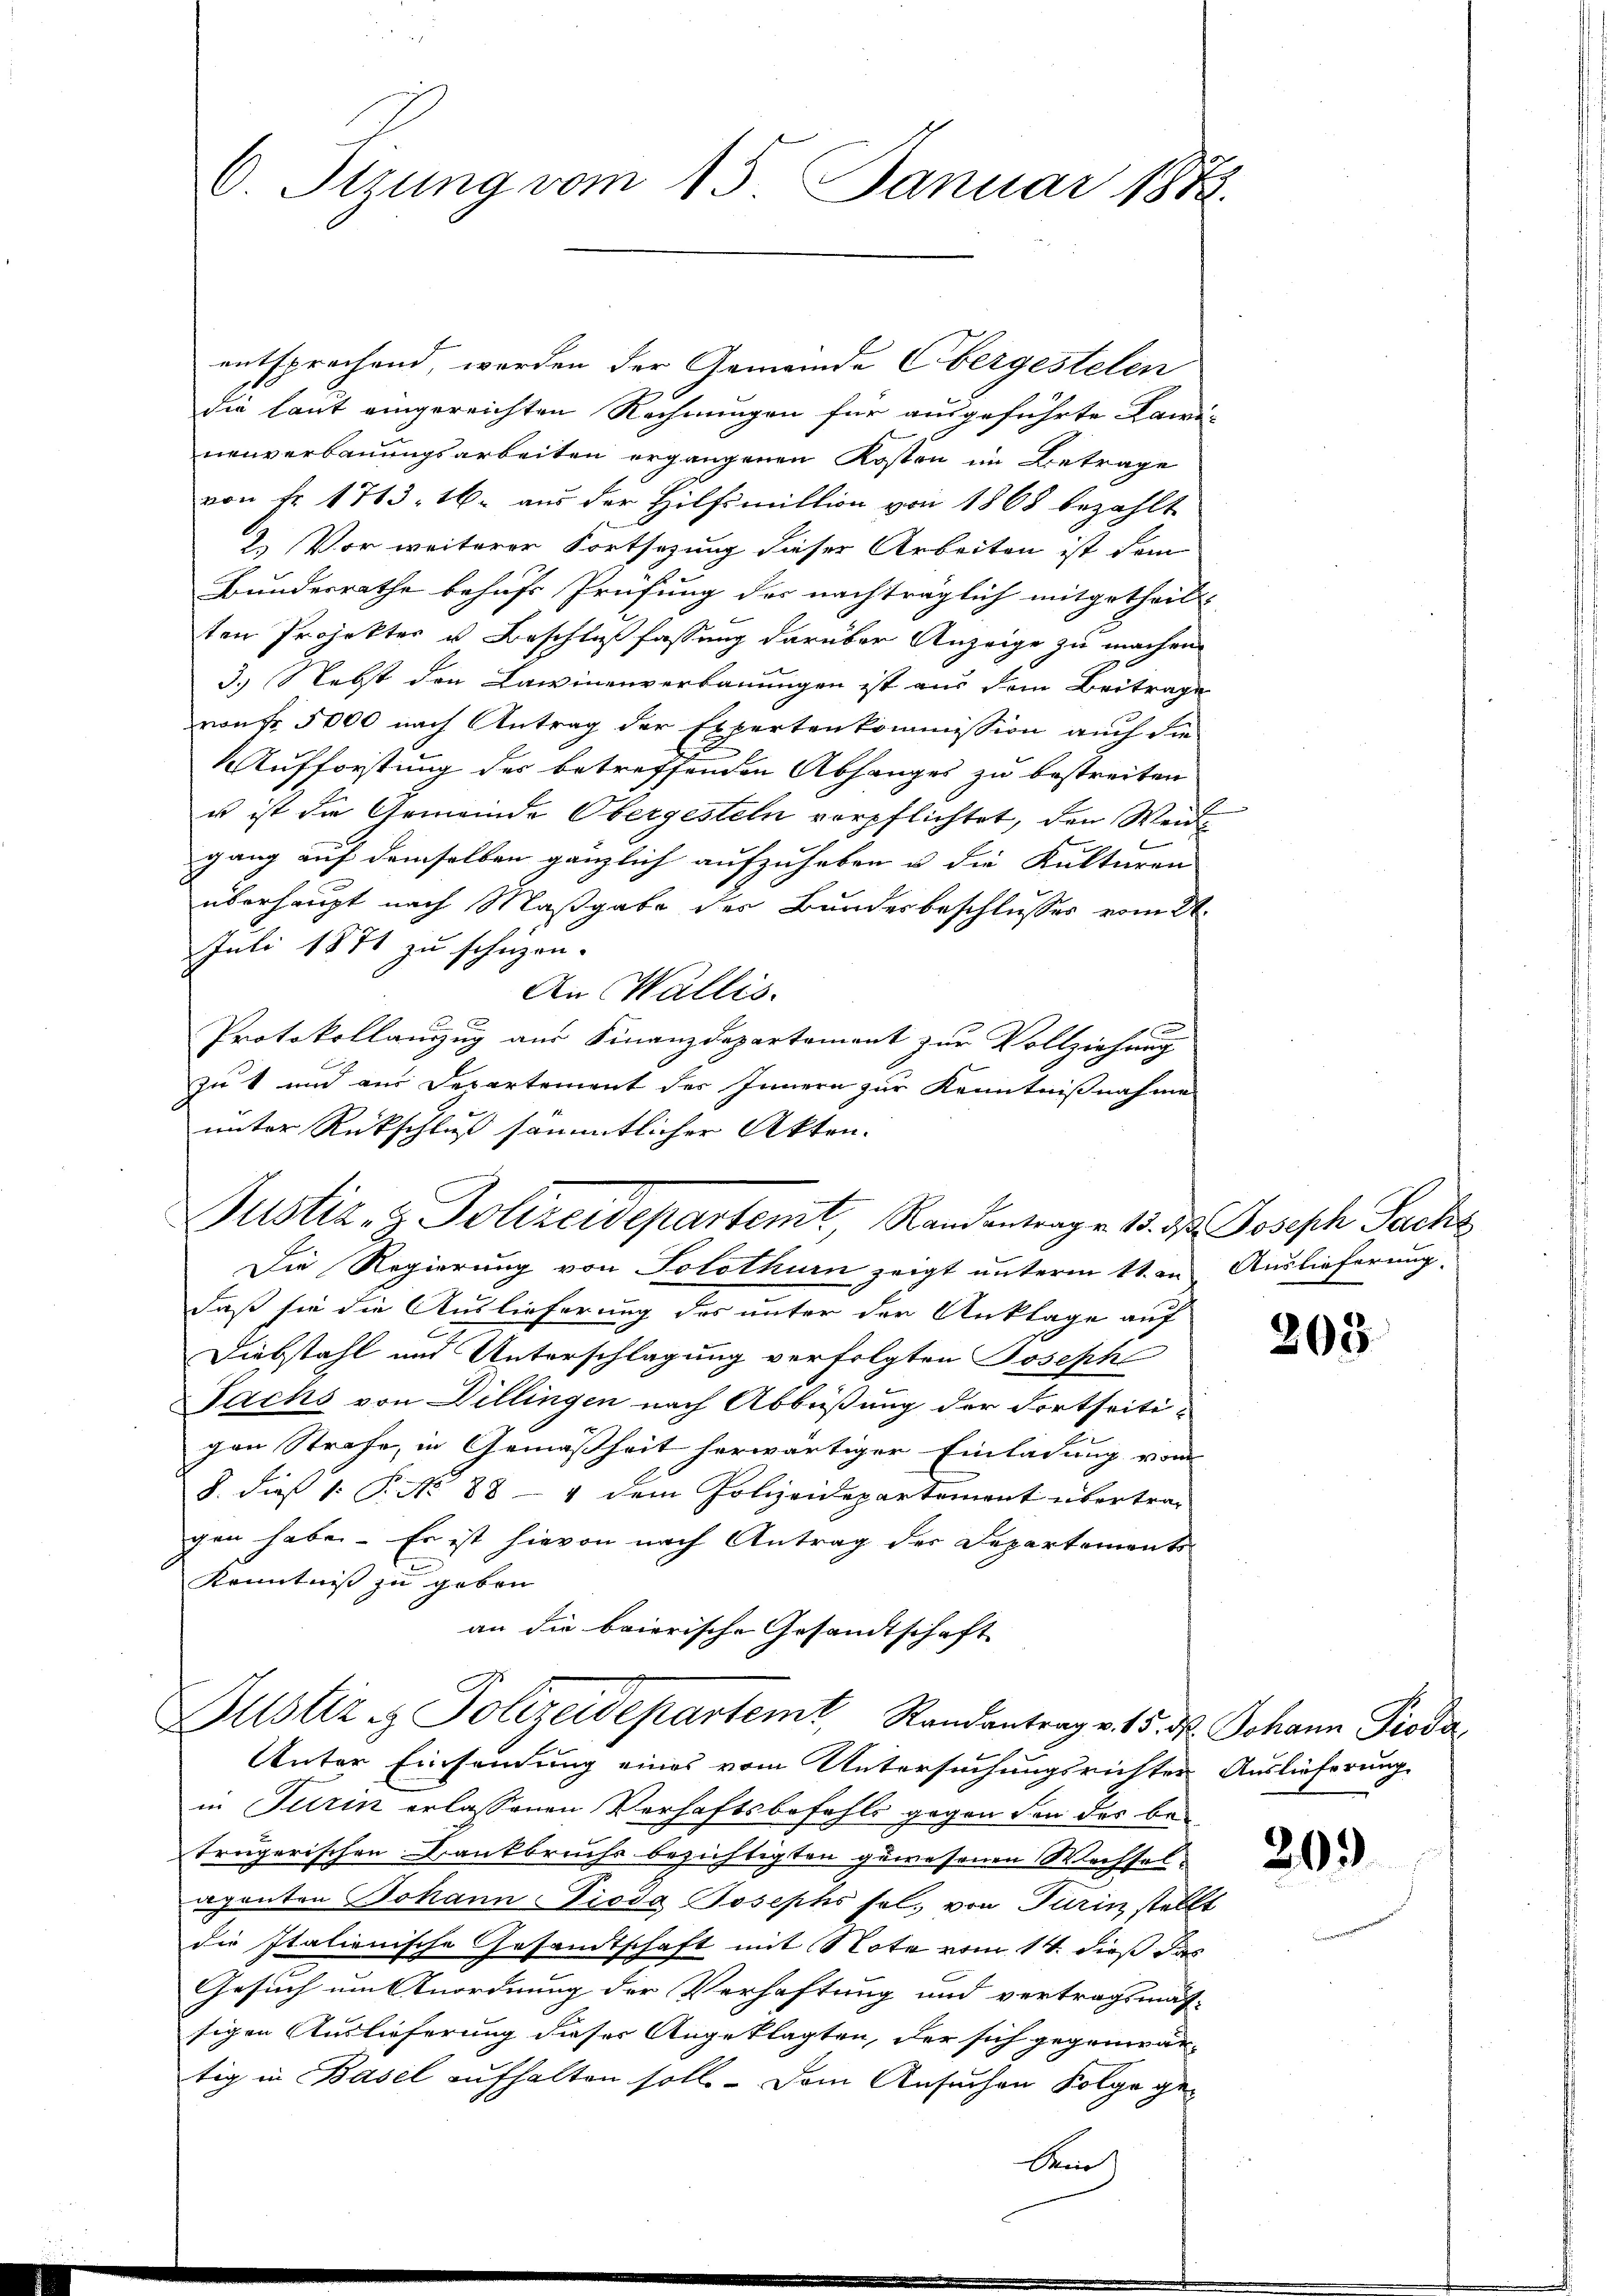
6. Sizung vom 15. Januar 1872.

entsprochend, worden der Gemeinde Obergestelen
die laut eingereichten Rechnungen für ausgeführte Lawi-
nenverbauungsarbeiten ergangenen Kosten im Betrage
von Fr. 1713, 16. aus der Hilfsmittion von 1868 bezahlt
2.) Vor weiterer Fortsetzung dieser Arbeiten ist dem
Bundesrathe behufs Prüfung der nachträglich mitgetheilt. |
ten Projektes u. Beschlußfassung darüber Anzeige zu machen.
3.) Nebst den Lawinenverbauungen ist aus dem Beitrage
von fr. 5000 nach Antrag der Expertenkommission auch die
E
Aufforstung der betreffenden Abhanges zu bestreiten
u ist die Gemeinde Obergesteln verpflichtet, den Weidl
gang auf demselben gänzlich aufzuheben u. die Kulturen
überhaupt nach Maßgabe des Bundesbeschlusses vom 21.
Juli 1871 zu schüzen.
An Wallis.
Protokollanzzug aus Finanzdepartement zur Vollziehung
zu 1 und aus Departement des Innern zur Kenntnißnahme
unter Rückschluß sämmtlicher Akten.

Justiz- & Polizeidepartemt, Randantrage 13. d. Joseph Sache

Justiz & Polizeidepartemt, Randantrag v. 15. ds Johann Pioda

Die Regierung von Solothurn zeigt unterm 11. in Auslieferung
daß sie die Auslieferung des unter der Anklage auf
Diebstahl und Unterschlagung verfolgten Josepha
Fachs von Dillingen nach Abbüßung der Fortseitigen Strafe, in Gemäßheit herwärtiger Einladung vom
8. dieß 1: P. No 88 - 4 dem Polizeidepartement übertra-
gen habe. Es ist hievon nach Antrag des Departements
Kenntniß zu geben
an die baierische Gesandtschaft

Unter Einsendung eines vom Untersuchungsrichter Auslieferung
in Turin erlassenen Verhaftsbefehls gegen den das beträgerischen Dankbruchs bezichtigten gewesenen Wechsel-
aponten Johann Pioda Josephs sel. von Turinz stellt
die Italienische Gesandtschaft mit Note vom 14. dieß das
Gesuch um Anordnung der Verhaftung und vertragsmat-
sigen Auslieferung dieser Angeklagten, der sich gegenwär-
tig in Basel aufhalten soll. Dem Ansuchen Folge ge¬

beid

203

20.